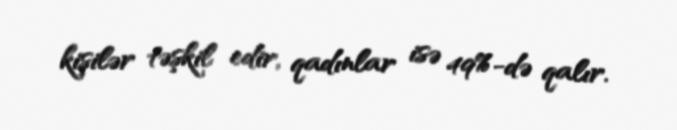
kişilər təşkil edir, qadınlar isə 49%-də qalır.